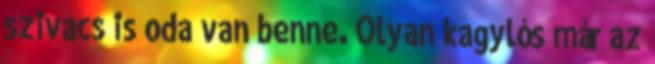
szivacs is oda van benne. Olyan kagylós már az